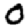
Digit: 0